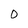
Character: D